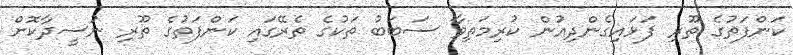
ކަންފަތުގެ ތޫރި ފަޅައިގެންދިއުން ކުރިމަތިވާ ސަބަބު ތަކުގެ ތެރޭގައި ކަންފަތުގެ ތޫރި ނުސީދާކޮށް